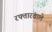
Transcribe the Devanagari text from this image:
रफ्तारवाले